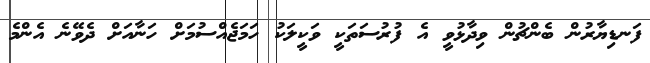
ފަނޑިޔާރުން ބެންޗުން ވިދާޅުވީ އެ ފުރުސަތަކީ ވަކީލަކު ހަމަޖެއްސުމަށް ހަނާއަށް ދެވޭނެ އެންމެ